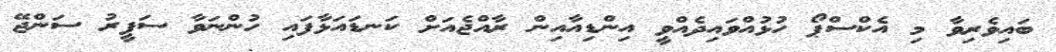
ބައިވެރިވާ މި އެކްސްޕޯ ހުޅުއްވައިދެއްވީ އިންޑިއާއިން ރާއްޖެއަށް ކަނޑައަޅާފައި ހުންނަވާ ސަފީރު ސަންޖޭ